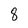
Character: 8